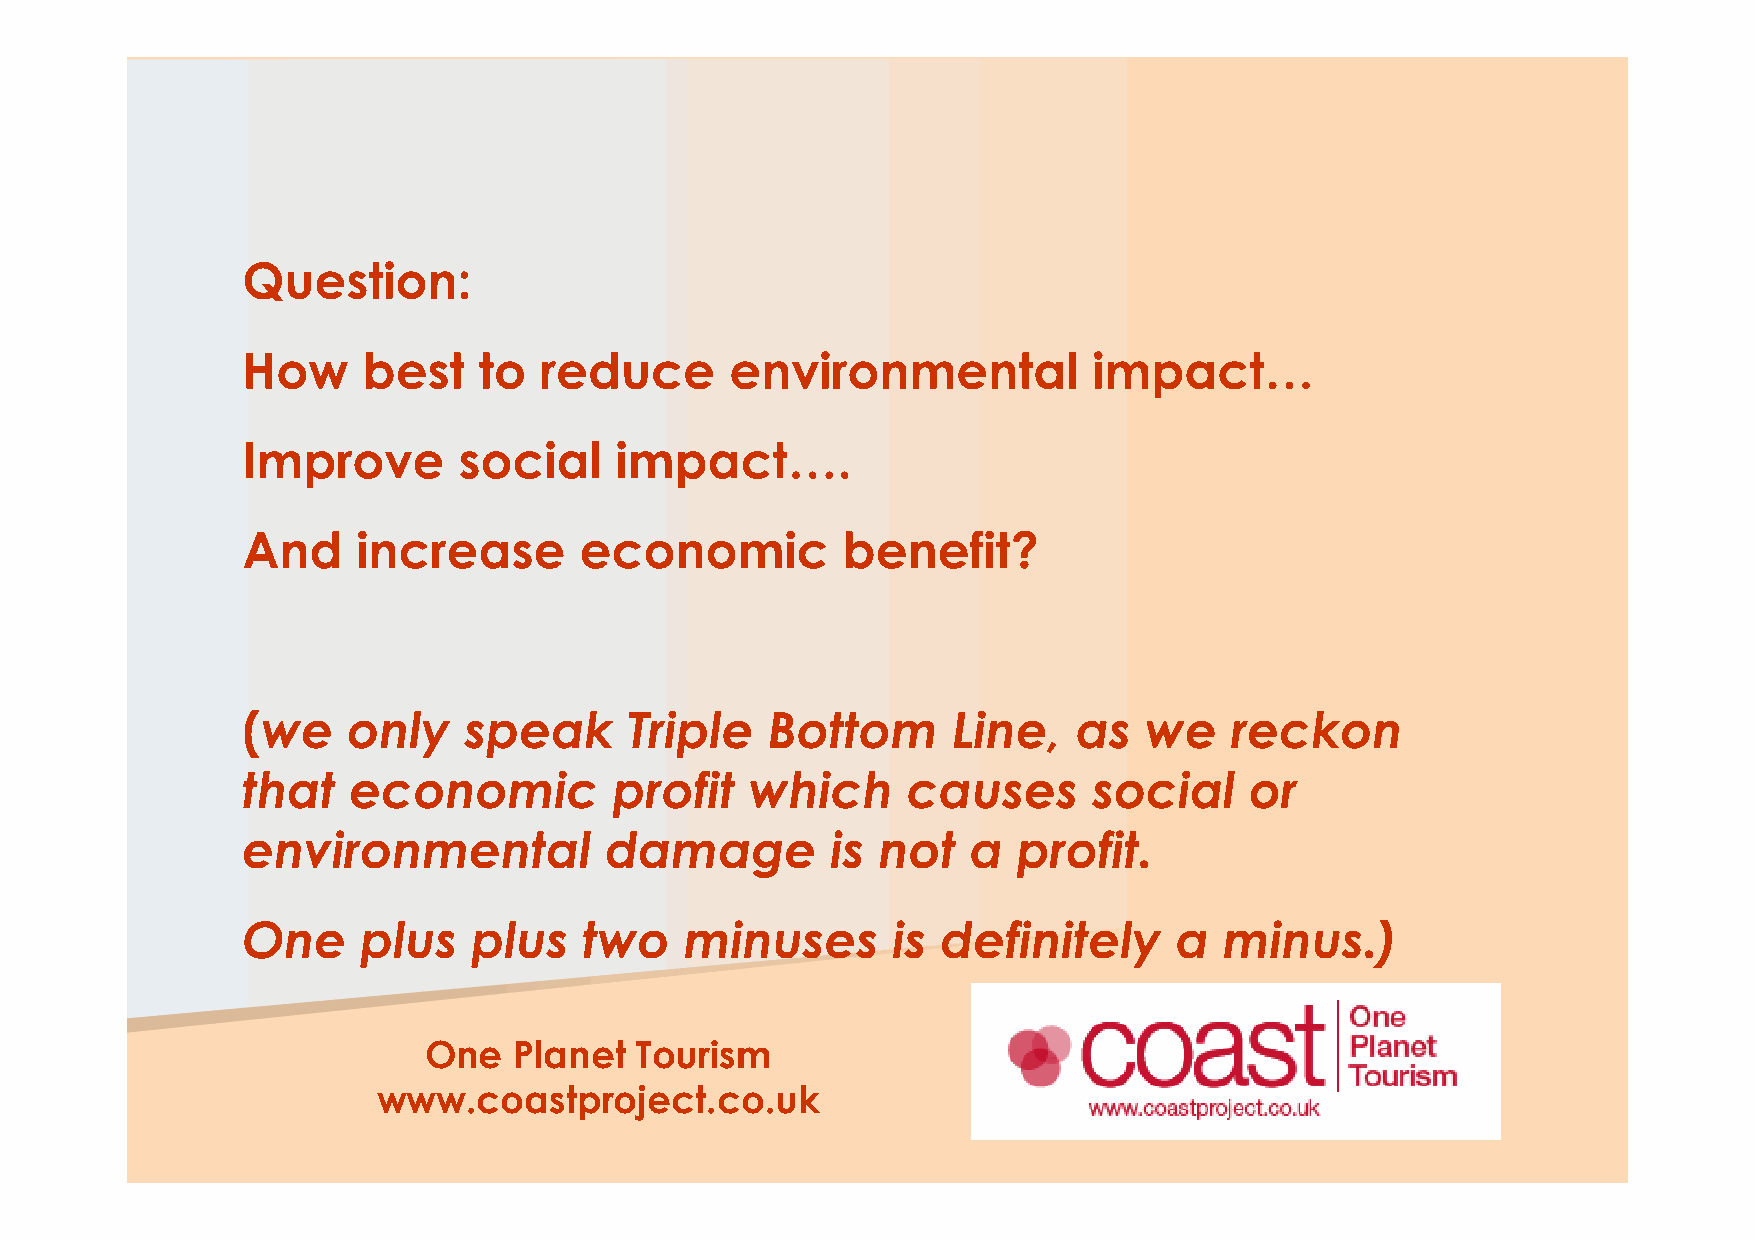
Question:
 How     best    to  reduce      environmental           impact…
 Improve       social     impact….
 And     increase      economic          benefit?
 (we    only    speak      Triple   Bottom      Line,   as   we   reckon
 that   economic          profit   which     causes      social     or
 environmental           damage         is not   a  profit.
 One     plus   plus    two   minuses       is definitely      a  minus.)
 OOnnee PPllaanneett TToouurriissmm
 wwwwww..ccooaassttpprroojjeecctt..ccoo..uukk